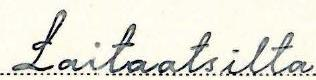
Laitaatsilta